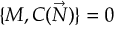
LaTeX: \{ M , C ( { \vec { N } } ) \} = 0